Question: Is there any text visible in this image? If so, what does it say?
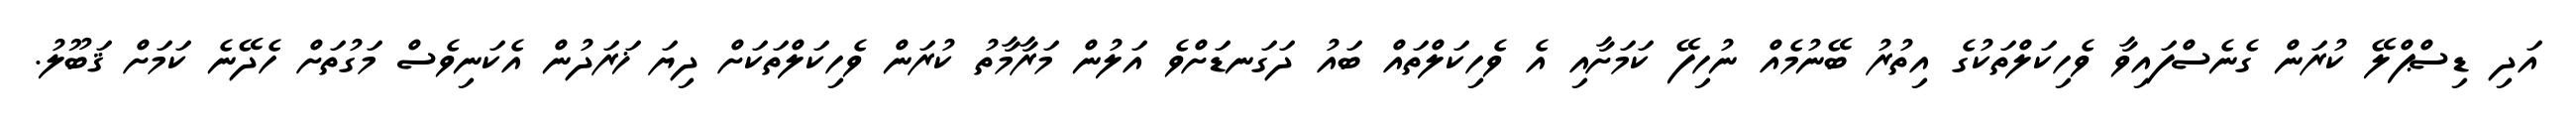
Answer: އަދި ޑިސްޕްލޭ ކުރަން ގެނެސްފައިވާ ވެހިކަލްތަކުގެ އިތުރު ބޭނުމެއް ނުހިފޭ ކަމަށާއި އެ ވެހިކަލްތައް ބައު ދަގަނޑަށްވެ އަލުން މަރާމާތު ކުރަން ވެހިކަލްތަކަށް ދިޔަ ޚަރަދުން އެކަނިވެސް މަގުތަށް ހެދޭނެ ކަމަށް ޤަބޫލު.